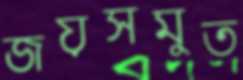
জয়সমুত